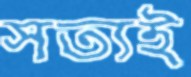
সত্যই